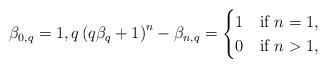
LaTeX: \begin{align*}\beta_{0,q}=1,q\left(q\beta_{q}+1\right)^{n}-\beta_{n,q}=\begin{cases}1 & \mbox{if }n=1,\\0 & \mbox{if }n>1,\end{cases}\end{align*}